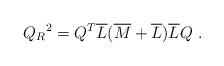
LaTeX: \begin{align*}Q_R{}^2=Q^T\overline{L}(\overline{M}+\overline{L})\overline{L}Q\ .\end{align*}